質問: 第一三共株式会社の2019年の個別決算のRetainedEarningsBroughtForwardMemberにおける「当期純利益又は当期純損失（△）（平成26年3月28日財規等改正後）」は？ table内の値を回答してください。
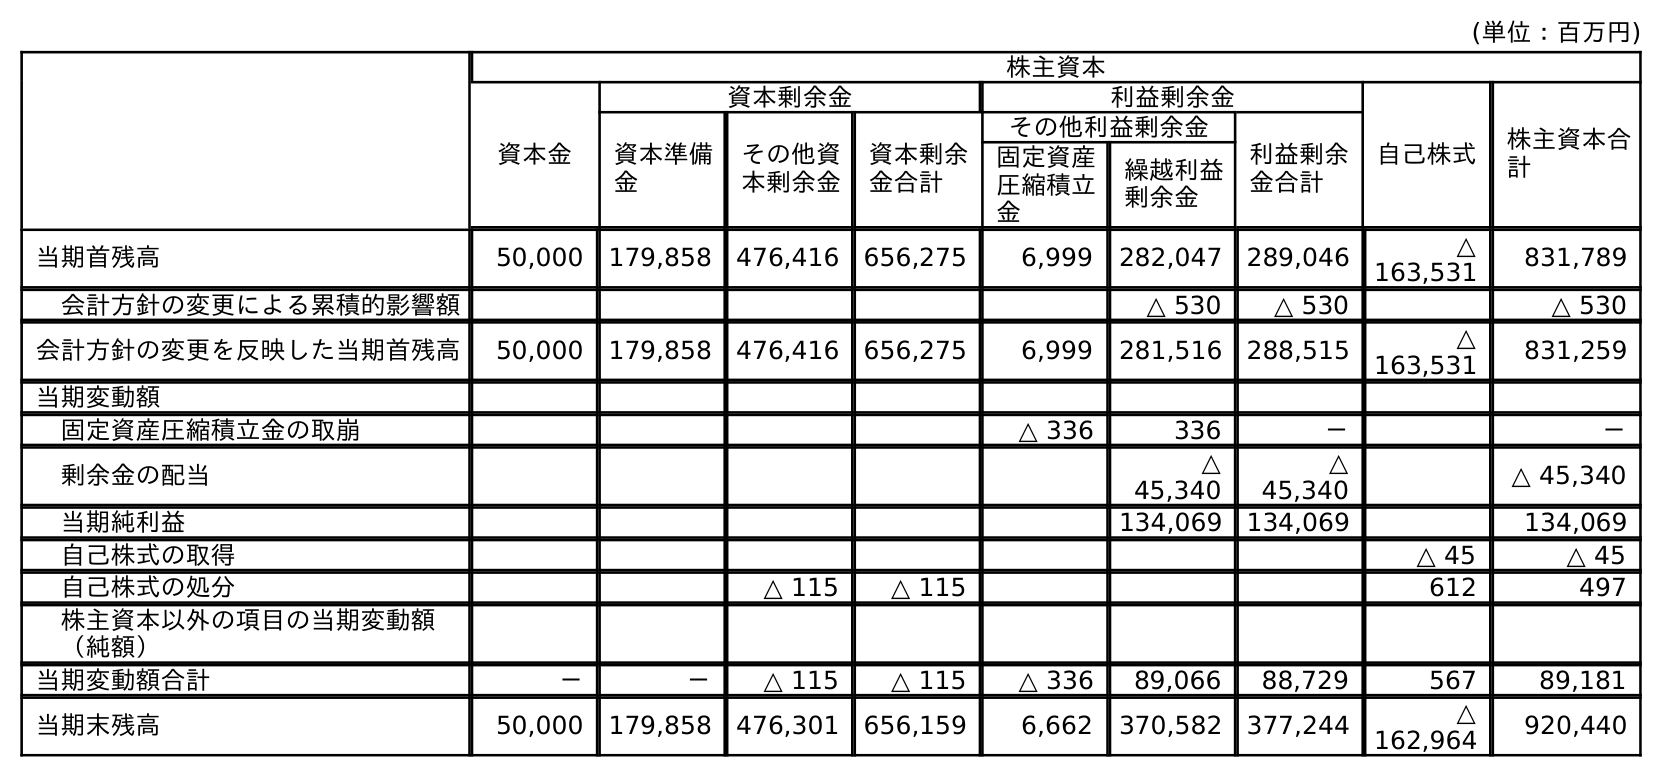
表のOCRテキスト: (単位：百万円) 株主資本 資本金 資本剰余金 利益剰余金 自己株式 株主資本合 計 資本準備 金 その他資 本剰余金 資本剰余 金合計 その他利益剰余金 利益剰余 金合計 固定資産 圧縮積立 金 繰越利益 剰余金 当期首残高 50,000 179,858 476,416 656,275 6,999 282,047 289,046 △ 163,531 831,789 会計方針の変更による累積的影響額 △ 530 △ 530 △ 530 会計方針の変更を反映した当期首残高 50,000 179,858 476,416 656,275 6,999 281,516 288,515 △ 163,531 831,259 当期変動額 固定資産圧縮積立金の取崩 △ 336 336 － － 剰余金の配当 △ 45,340 △ 45,340 △ 45,340 当期純利益 134,069 134,069 134,069 自己株式の取得 △ 45 △ 45 自己株式の処分 △ 115 △ 115 612 497 株主資本以外の項目の当期変動額 （純額） 当期変動額合計 － － △ 115 △ 115 △ 336 89,066 88,729 567 89,181 当期末残高 50,000 179,858 476,301 656,159 6,662 370,582 377,244 △ 162,964 920,440
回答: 134,069